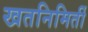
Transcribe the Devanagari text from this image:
खतनिमिर्ती